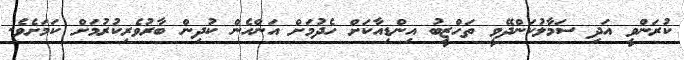
ކުރަންވީ އަދި ސަމާލުކަންދޭވީ ތަހްޒީބު އިންޑިއާކަށް ހެދުމަށް އަންހެން ކުދިން ބާރުވެރިކުރުމަށް ކަމަށެވެ.